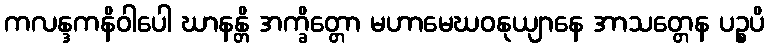
ကလန္ဒကနိဝါပေါ ဃာနန္တိ အက္ခိတ္တော မဟာမေဃဝနုယျာနေ အာသတ္တေန ပဉ္စပိ